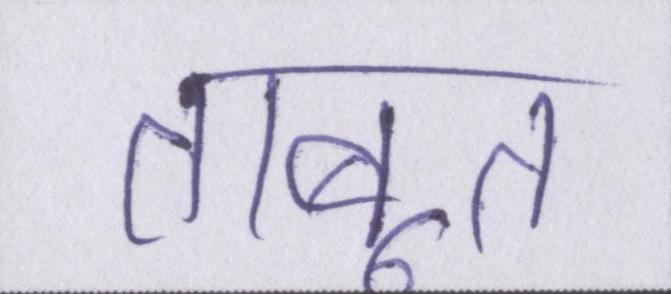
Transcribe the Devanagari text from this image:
ताबूत